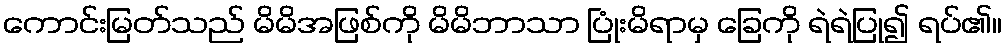
ကောင်းမြတ်သည် မိမိအဖြစ်ကို မိမိဘာသာ ပြုံးမိရာမှ ခြေကို ရဲရဲပြု၍ ရပ်၏။